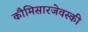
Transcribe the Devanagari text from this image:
कौमिसारजेवस्की